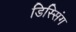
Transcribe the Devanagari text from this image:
डिस्सिंग